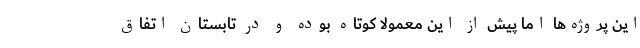
این پروژه‌ها اما پیش از این معمولا کوتاه بوده و در تابستان اتفاق